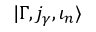
| \Gamma , j _ { \gamma } , \iota _ { n } \rangle